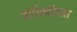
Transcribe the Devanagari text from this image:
वाघिणींच्या